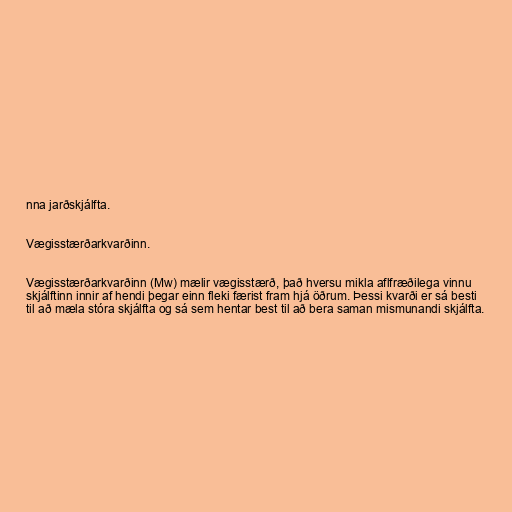
nna jarðskjálfta.

Vægisstærðarkvarðinn.

Vægisstærðarkvarðinn (Mw) mælir vægisstærð, það hversu mikla aflfræðilega vinnu
skjálftinn innir af hendi þegar einn fleki færist fram hjá öðrum. Þessi kvarði er sá besti
til að mæla stóra skjálfta og sá sem hentar best til að bera saman mismunandi skjálfta.